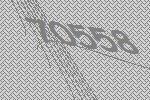
70558